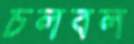
চলবল